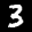
Label: 3